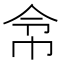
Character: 𢂂